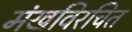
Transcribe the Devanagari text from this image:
मंखविरचित